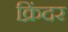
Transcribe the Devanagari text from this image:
क्रिंदर